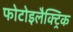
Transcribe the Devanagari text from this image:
फोटोइलैक्ट्रिक